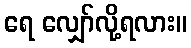
ရေ လျှော်လို့ရလား။